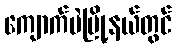
ကျောက်မဲမြို့နယ်တွင်